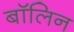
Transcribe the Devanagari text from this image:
बॉलिन